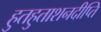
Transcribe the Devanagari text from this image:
हुतहुताशनदीप्ति